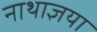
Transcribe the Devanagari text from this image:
नाथाज्ञया